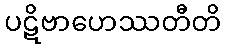
ပဋိဗာဟေဿတီတိ